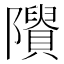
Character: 𨽠